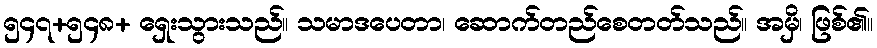
၅၄၇+၅၄၈+ ရှေးသွားသည်။ သမာဒပေတာ၊ ဆောက်တည်စေတတ်သည်။ အမှိ၊ ဖြစ်၏။